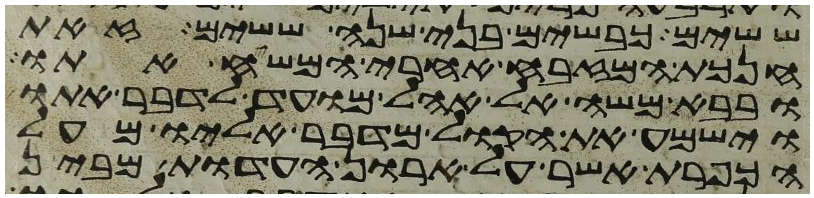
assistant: ששים כבשים בני שנה ששים זאת
חנכת המזבח אחרי המשח אתו
ובבא משה אל אהל מועד לדבר אתו
וישמע את הקול מדבר אליו מעל
הכפרת אשר על ארון העדות מבין